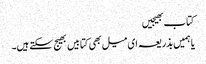
کتاب بھیجیں
یا ہمیں بذریعہ ای میل بھی کتابیں بھیج سکتے ہیں۔